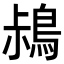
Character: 𪀖